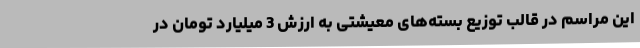
این مراسم در قالب توزیع بسته‌های معیشتی به ارزش 3 میلیارد تومان در